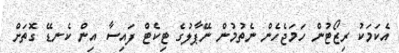
އެކަމަކު ރިޒޯޓުން ހަމަޖެހެން ނެތުމުން ނޭޕާލުގެ ޓިކެޓް ފައިސާ އިން ކެނޑޭ ގޮތަށް